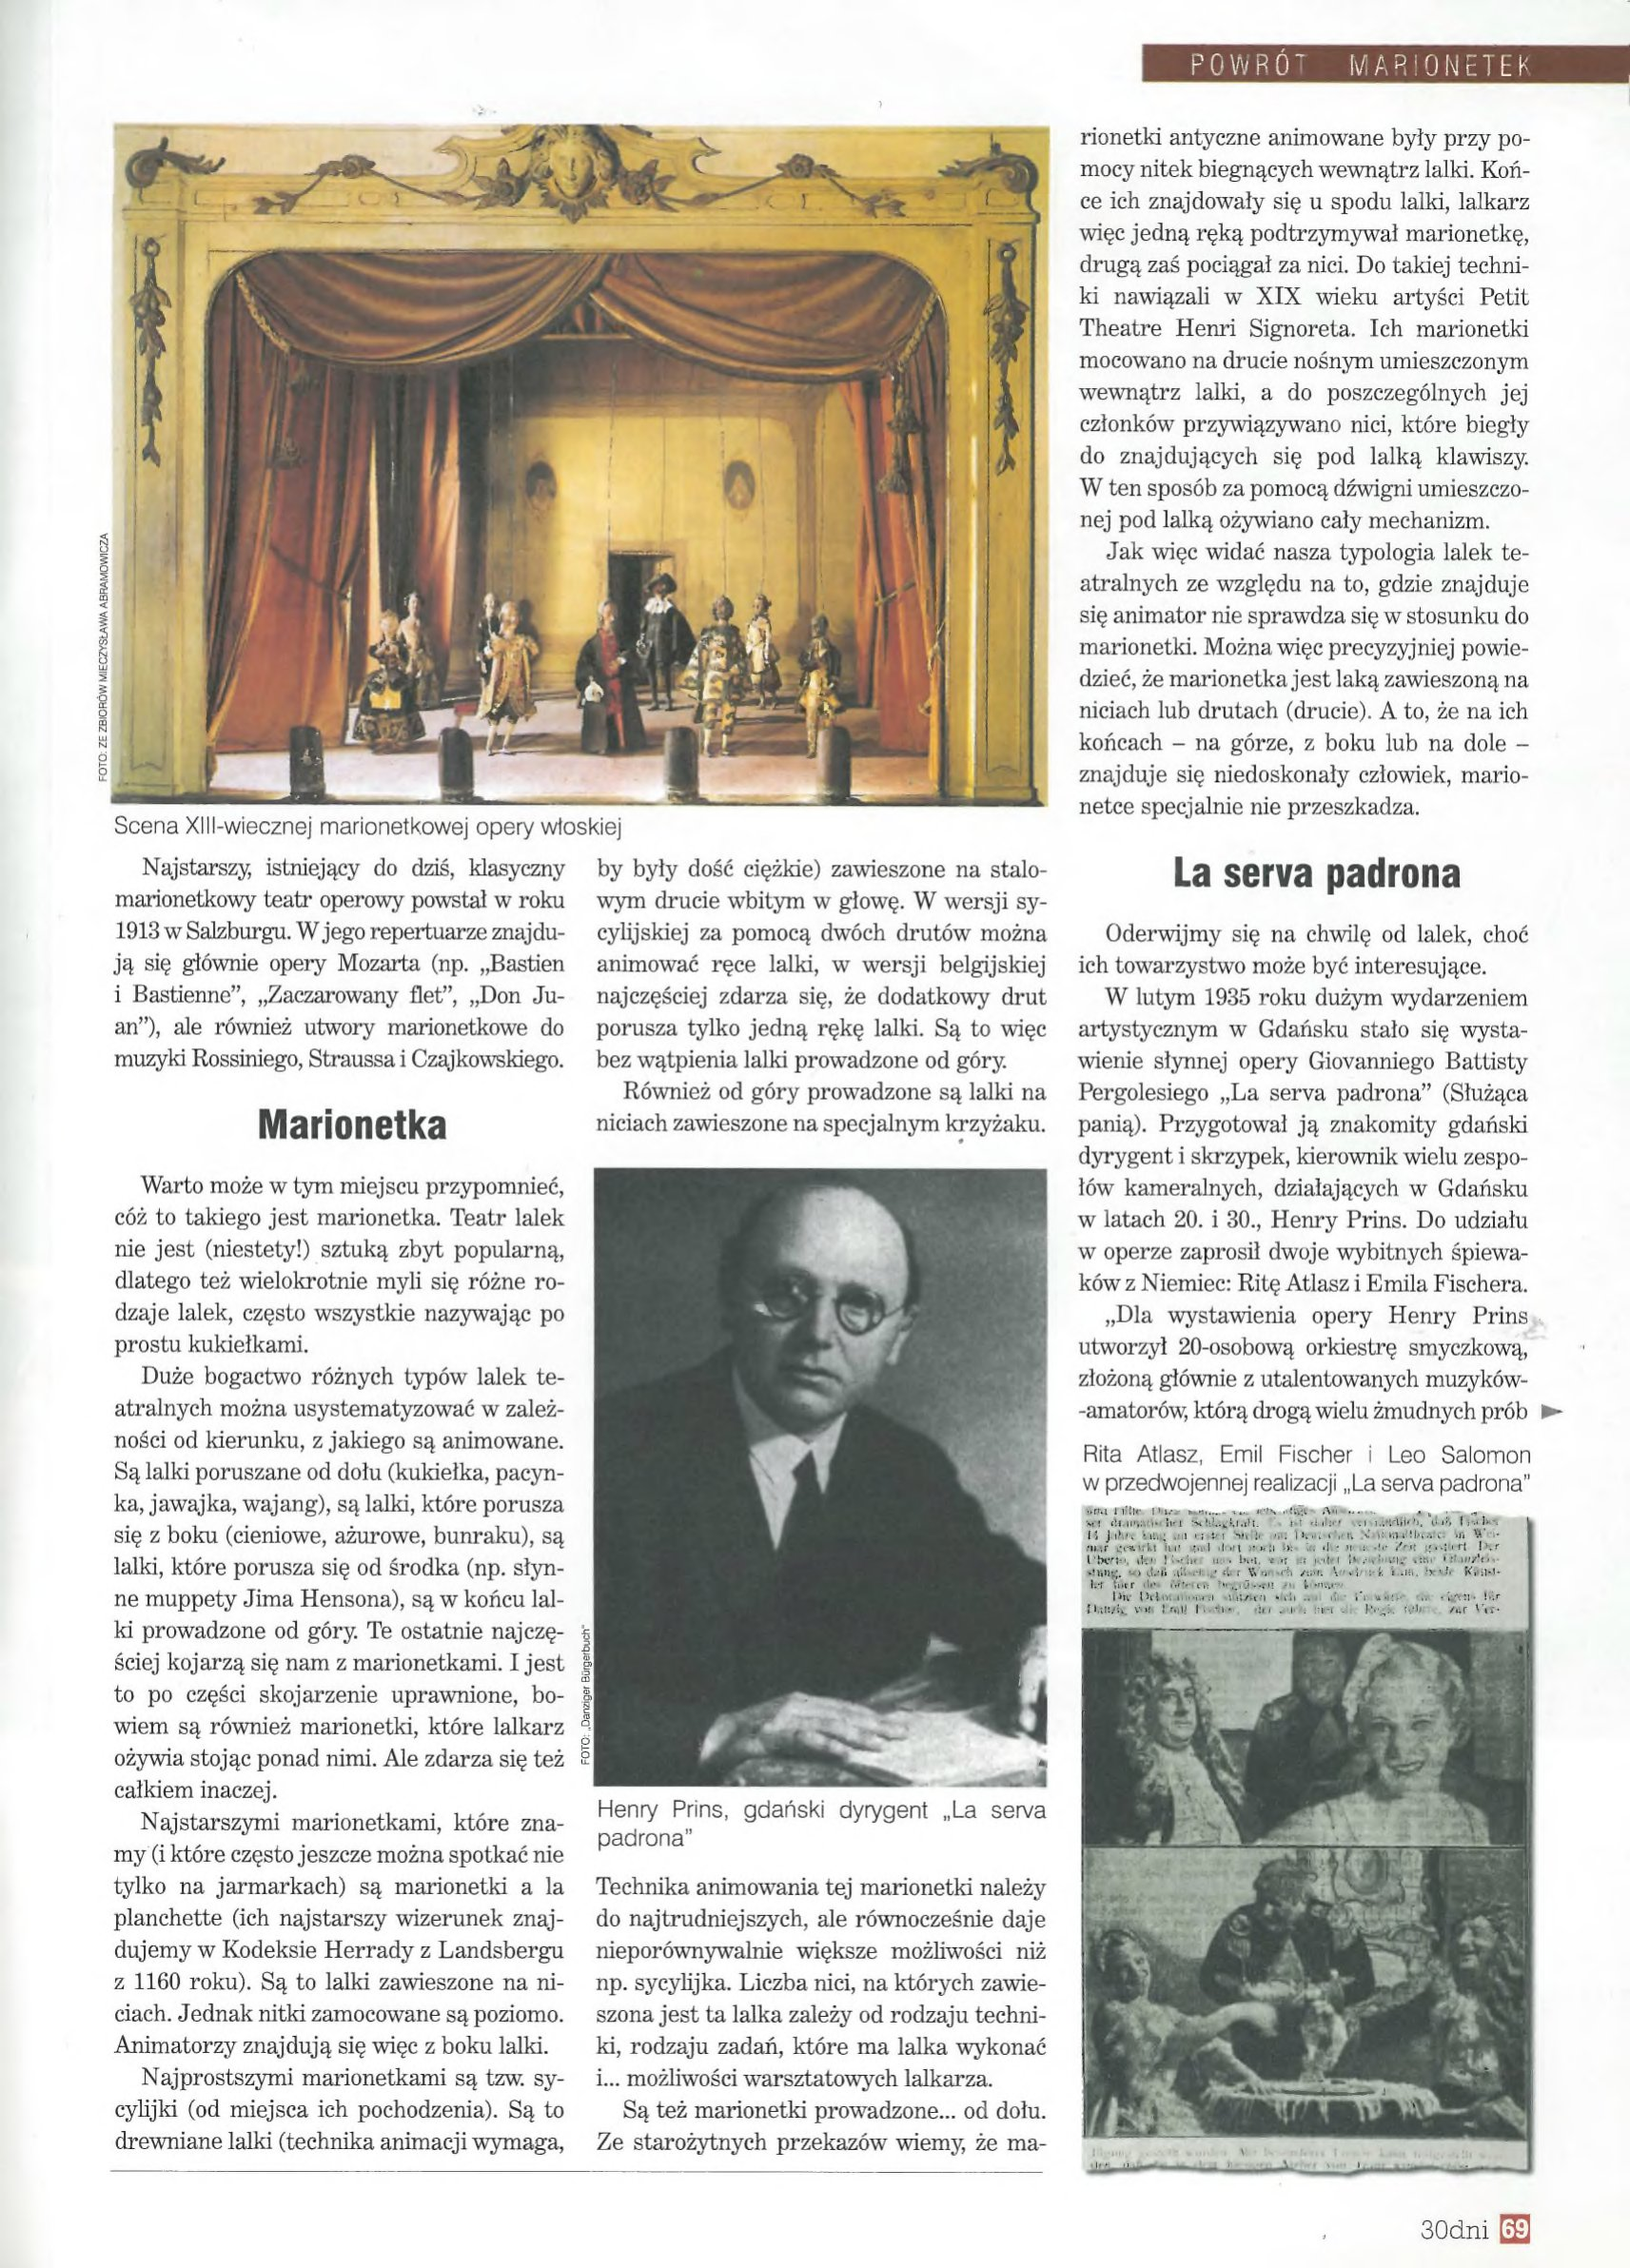
Language: pl